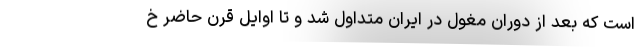
است که بعد از دوران مغول در ایران متداول شد و تا اوایل قرن حاضر خ